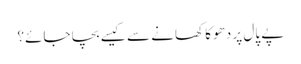
پے پال پر دھوکا کھانے سے کیسے بچا جائے؟